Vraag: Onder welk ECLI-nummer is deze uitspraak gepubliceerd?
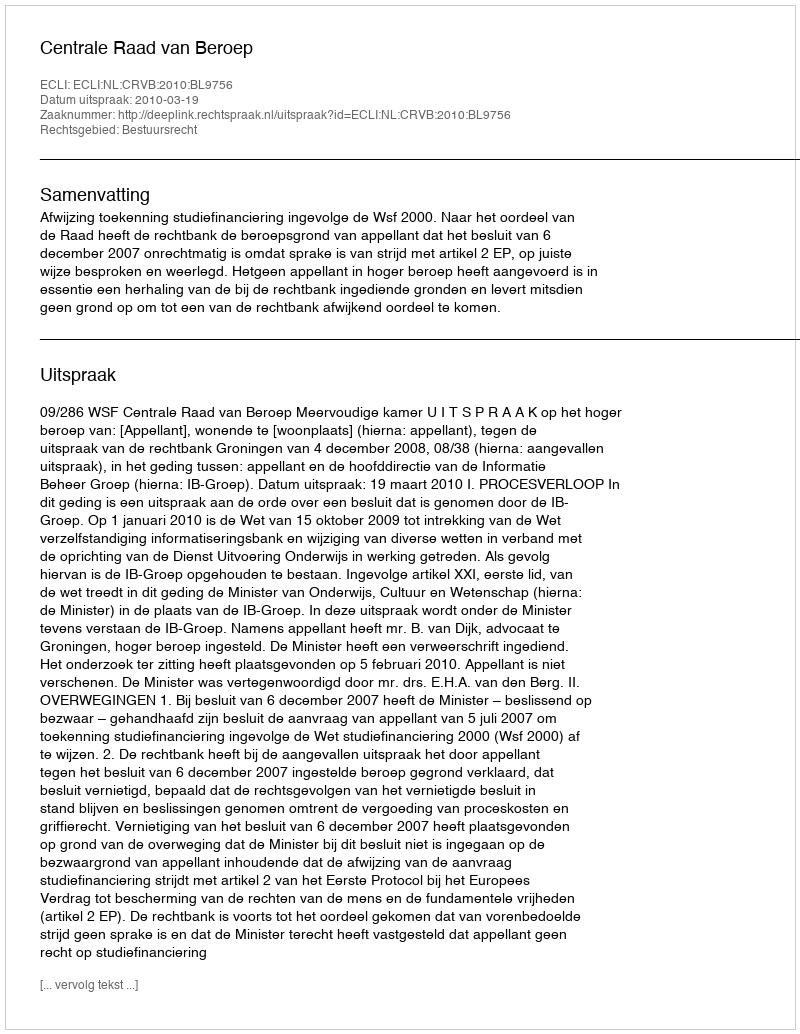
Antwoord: ECLI:NL:CRVB:2010:BL9756